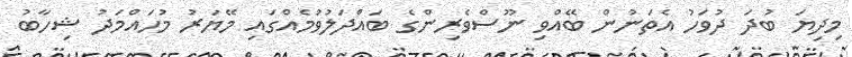
މިދިޔަ ބުދަ ދުވަހު އެތަނުން ބޭއްވި ނޫސްވެރިންގެ ބައްދަލުވުމެއްގައި މޭޔަރު މުހައްމަދު ޝިހާބު